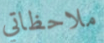
ملاحظاتي